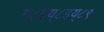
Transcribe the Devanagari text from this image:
ग्८इय्८इय्८९